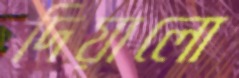
দিয়ালো